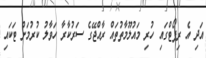
އަދި އެ ރިޕޯޓްގައި ހުރި މައުލޫމާތުތައް ރާއްޖޭގެ ސަރުކާރާ ހަވާލު ކުރުމަށް ޓަކައި